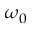
\omega _ { 0 }